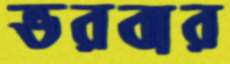
ভরবার